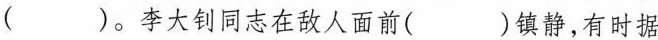
( )。李大钊同志在敌人面前( )镇静，有时据